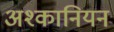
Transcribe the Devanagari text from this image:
अश्कानियन